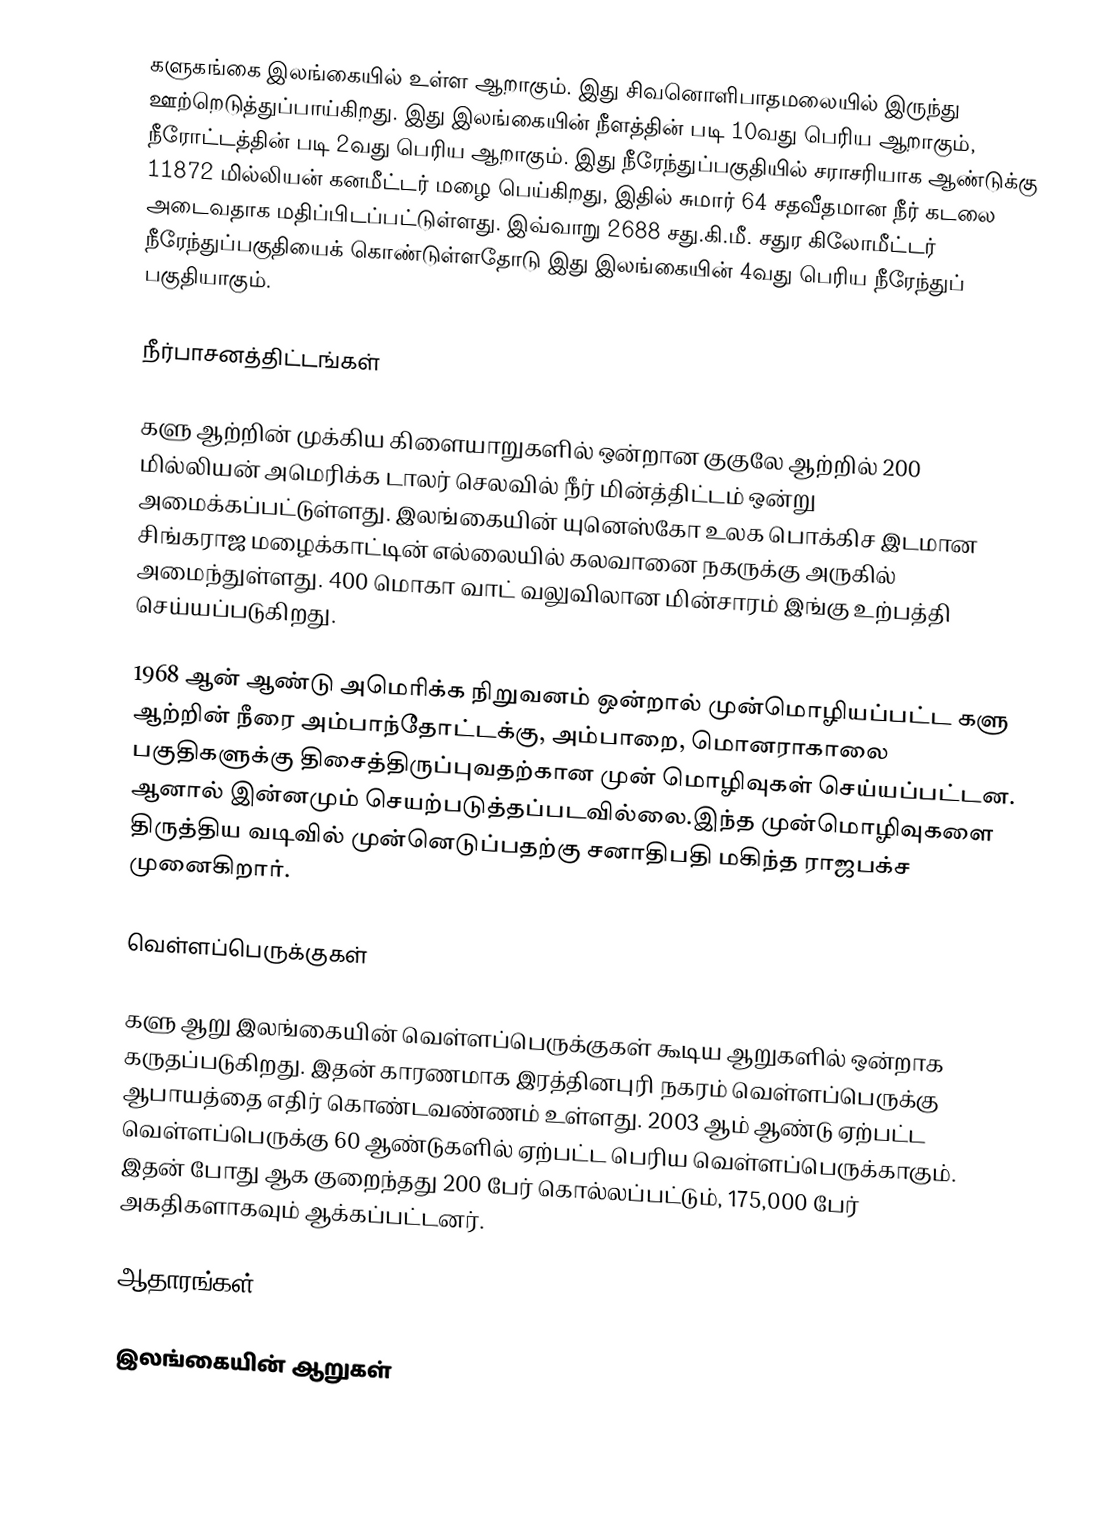
களுகங்கை இலங்கையில் உள்ள ஆறாகும். இது சிவனொளிபாதமலையில்   இருந்து ஊற்றெடுத்துப்பாய்கிறது. இது இலங்கையின் நீளத்தின் படி 10வது பெரிய ஆறாகும், நீரோட்டத்தின் படி  2வது பெரிய  ஆறாகும். இது  நீரேந்துப்பகுதியில் சராசரியாக ஆண்டுக்கு 11872 மில்லியன் கனமீட்டர் மழை பெய்கிறது, இதில் சுமார் 64 சதவீதமான நீர் கடலை அடைவதாக மதிப்பிடப்பட்டுள்ளது. இவ்வாறு 2688 சது.கி.மீ. சதுர கிலோமீட்டர் நீரேந்துப்பகுதியைக் கொண்டுள்ளதோடு இது இலங்கையின் 4வது பெரிய நீரேந்துப் பகுதியாகும்.

நீர்பாசனத்திட்டங்கள்

களு ஆற்றின் முக்கிய கிளையாறுகளில் ஒன்றான குகுலே ஆற்றில் 200 மில்லியன் அமெரிக்க டாலர் செலவில் நீர் மின்த்திட்டம் ஒன்று அமைக்கப்பட்டுள்ளது. இலங்கையின் யுனெஸ்கோ உலக பொக்கிச இடமான சிங்கராஜ மழைக்காட்டின் எல்லையில் கலவானை நகருக்கு அருகில் அமைந்துள்ளது. 400 மொகா வாட் வலுவிலான மின்சாரம் இங்கு உற்பத்தி செய்யப்படுகிறது.

1968 ஆன் ஆண்டு அமெரிக்க நிறுவனம் ஒன்றால் முன்மொழியப்பட்ட களு ஆற்றின் நீரை அம்பாந்தோட்டக்கு, அம்பாறை, மொனராகாலை பகுதிகளுக்கு திசைத்திருப்புவதற்கான முன் மொழிவுகள் செய்யப்பட்டன. ஆனால் இன்னமும் செயற்படுத்தப்படவில்லை.இந்த முன்மொழிவுகளை திருத்திய வடிவில் முன்னெடுப்பதற்கு சனாதிபதி மகிந்த ராஜபக்ச முனைகிறார்.

வெள்ளப்பெருக்குகள்

களு ஆறு இலங்கையின் வெள்ளப்பெருக்குகள் கூடிய ஆறுகளில் ஒன்றாக கருதப்படுகிறது. இதன் காரணமாக இரத்தினபுரி நகரம் வெள்ளப்பெருக்கு ஆபாயத்தை எதிர் கொண்டவண்ணம் உள்ளது. 2003 ஆம் ஆண்டு ஏற்பட்ட வெள்ளப்பெருக்கு 60 ஆண்டுகளில் ஏற்பட்ட பெரிய வெள்ளப்பெருக்காகும். இதன் போது ஆக குறைந்தது 200 பேர் கொல்லப்பட்டும், 175,000 பேர் அகதிகளாகவும் ஆக்கப்பட்டனர்.

ஆதாரங்கள்

இலங்கையின் ஆறுகள்